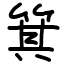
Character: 箕